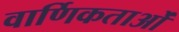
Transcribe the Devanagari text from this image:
वार्णिकताओं